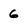
Character: 6